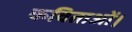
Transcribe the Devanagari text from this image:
कविताओं।